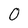
Character: 0